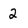
Character: 2